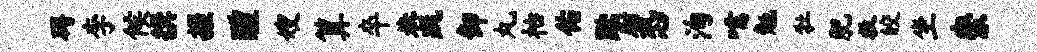
碍李候撰握醴嫂算卒巷跳卸丸枯佑黜厨恐洵嚅勉牡肥救皎坐崇